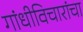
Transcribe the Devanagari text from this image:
गांधीविचारांचा